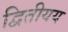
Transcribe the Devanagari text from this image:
द्वितीयय